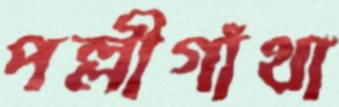
পল্লীগাঁথা